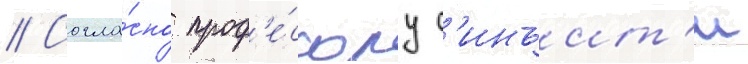
// Согла́сно проф'е́ссору с'инъит'и